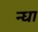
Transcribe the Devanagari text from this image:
न्धा